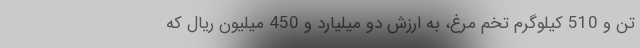
تن و 510 کیلوگرم تخم مرغ، به ارزش دو میلیارد و 450 میلیون ریال که